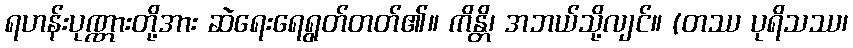
ရဟန်းပုဏ္ဏားတို့အား ဆဲရေးရေရွတ်တတ်၏။ ကိန္တိ၊ အဘယ်သို့လျင်။ (တဿ ပုရိသဿ၊